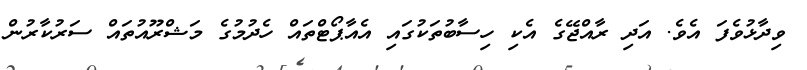
ވިދާޅުވެފަ އެވެ. އަދި ރާއްޖޭގެ އެކި ހިސާބުތަކުގައި އެއާޕޯޓްތައް ހެދުމުގެ މަޝްރޫއުތައް ސަރުކާރުން